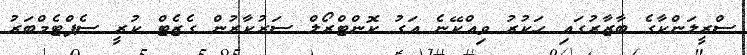
ސްރީލަންކާގެ ބާޒާރުގައި ހަކުރު ވިއްކޭނެ އަގު ކޮންޓްރޯލް ސަރުކާރުން ގެޒެޓް ކުރީ ސެޕްޓެމްބަރު